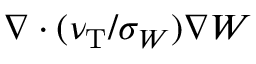
\nabla \cdot ( \nu _ { \mathrm { { T } } } / \sigma _ { W } ) \nabla W